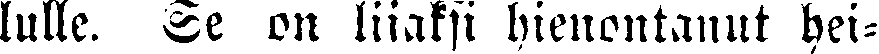
lulle. Se on liiaksi hienontanut hei-